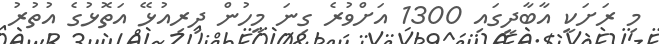
މި ރަށަކީ އާބާދީގައި 1300 އަށްވުރެ ގިނަ މީހުން ދިރިއުޅޭ އަތޮޅުގެ އުތުރު